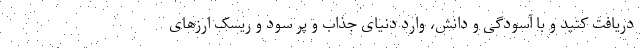
دریافت کنید و با آسودگی و دانش، وارد دنیای جذاب و پر سود و ریسک ارزهای